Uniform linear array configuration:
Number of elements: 48
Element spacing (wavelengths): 0.75
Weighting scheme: binomial
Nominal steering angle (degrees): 45
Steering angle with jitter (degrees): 46.947
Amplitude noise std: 0.05
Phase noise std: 0.05

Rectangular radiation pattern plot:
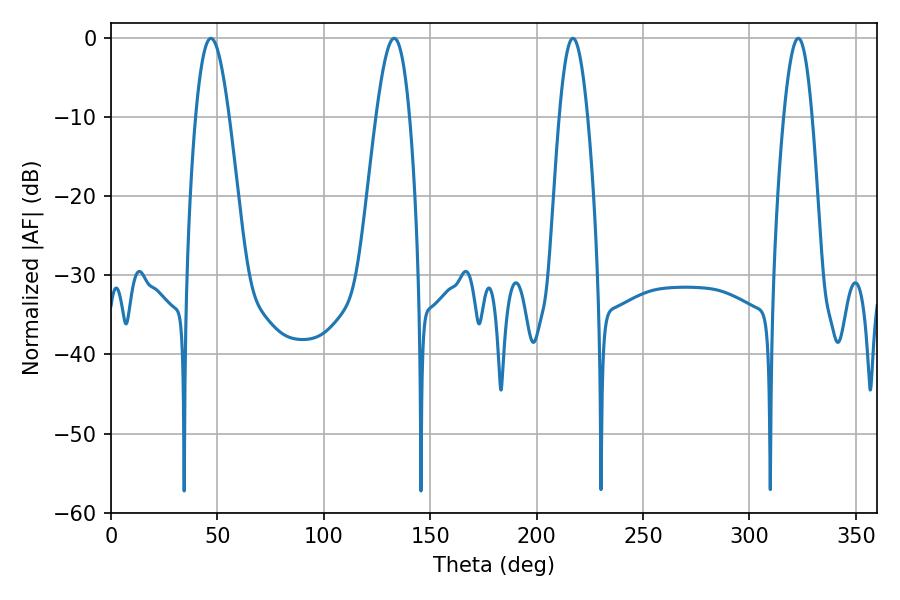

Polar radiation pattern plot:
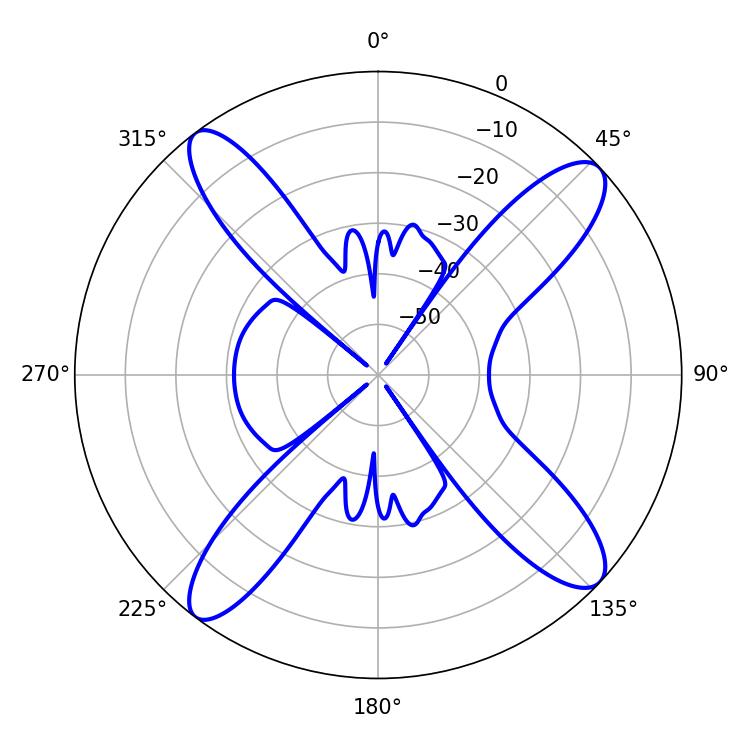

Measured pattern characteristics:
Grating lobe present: TRUE
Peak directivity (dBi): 14.463
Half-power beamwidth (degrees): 7.2
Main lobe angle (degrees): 217.08